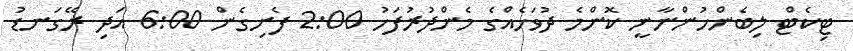
ޓިކެޓް ލިބެންހުންނާނީ ކޮންމެ ދުވަހެއްގެ މެންދުރުފަހު 2:00 ފެށިގެން 6:00 އަދި ރޭގަނޑު